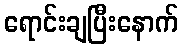
ရောင်းချပြီးနောက်